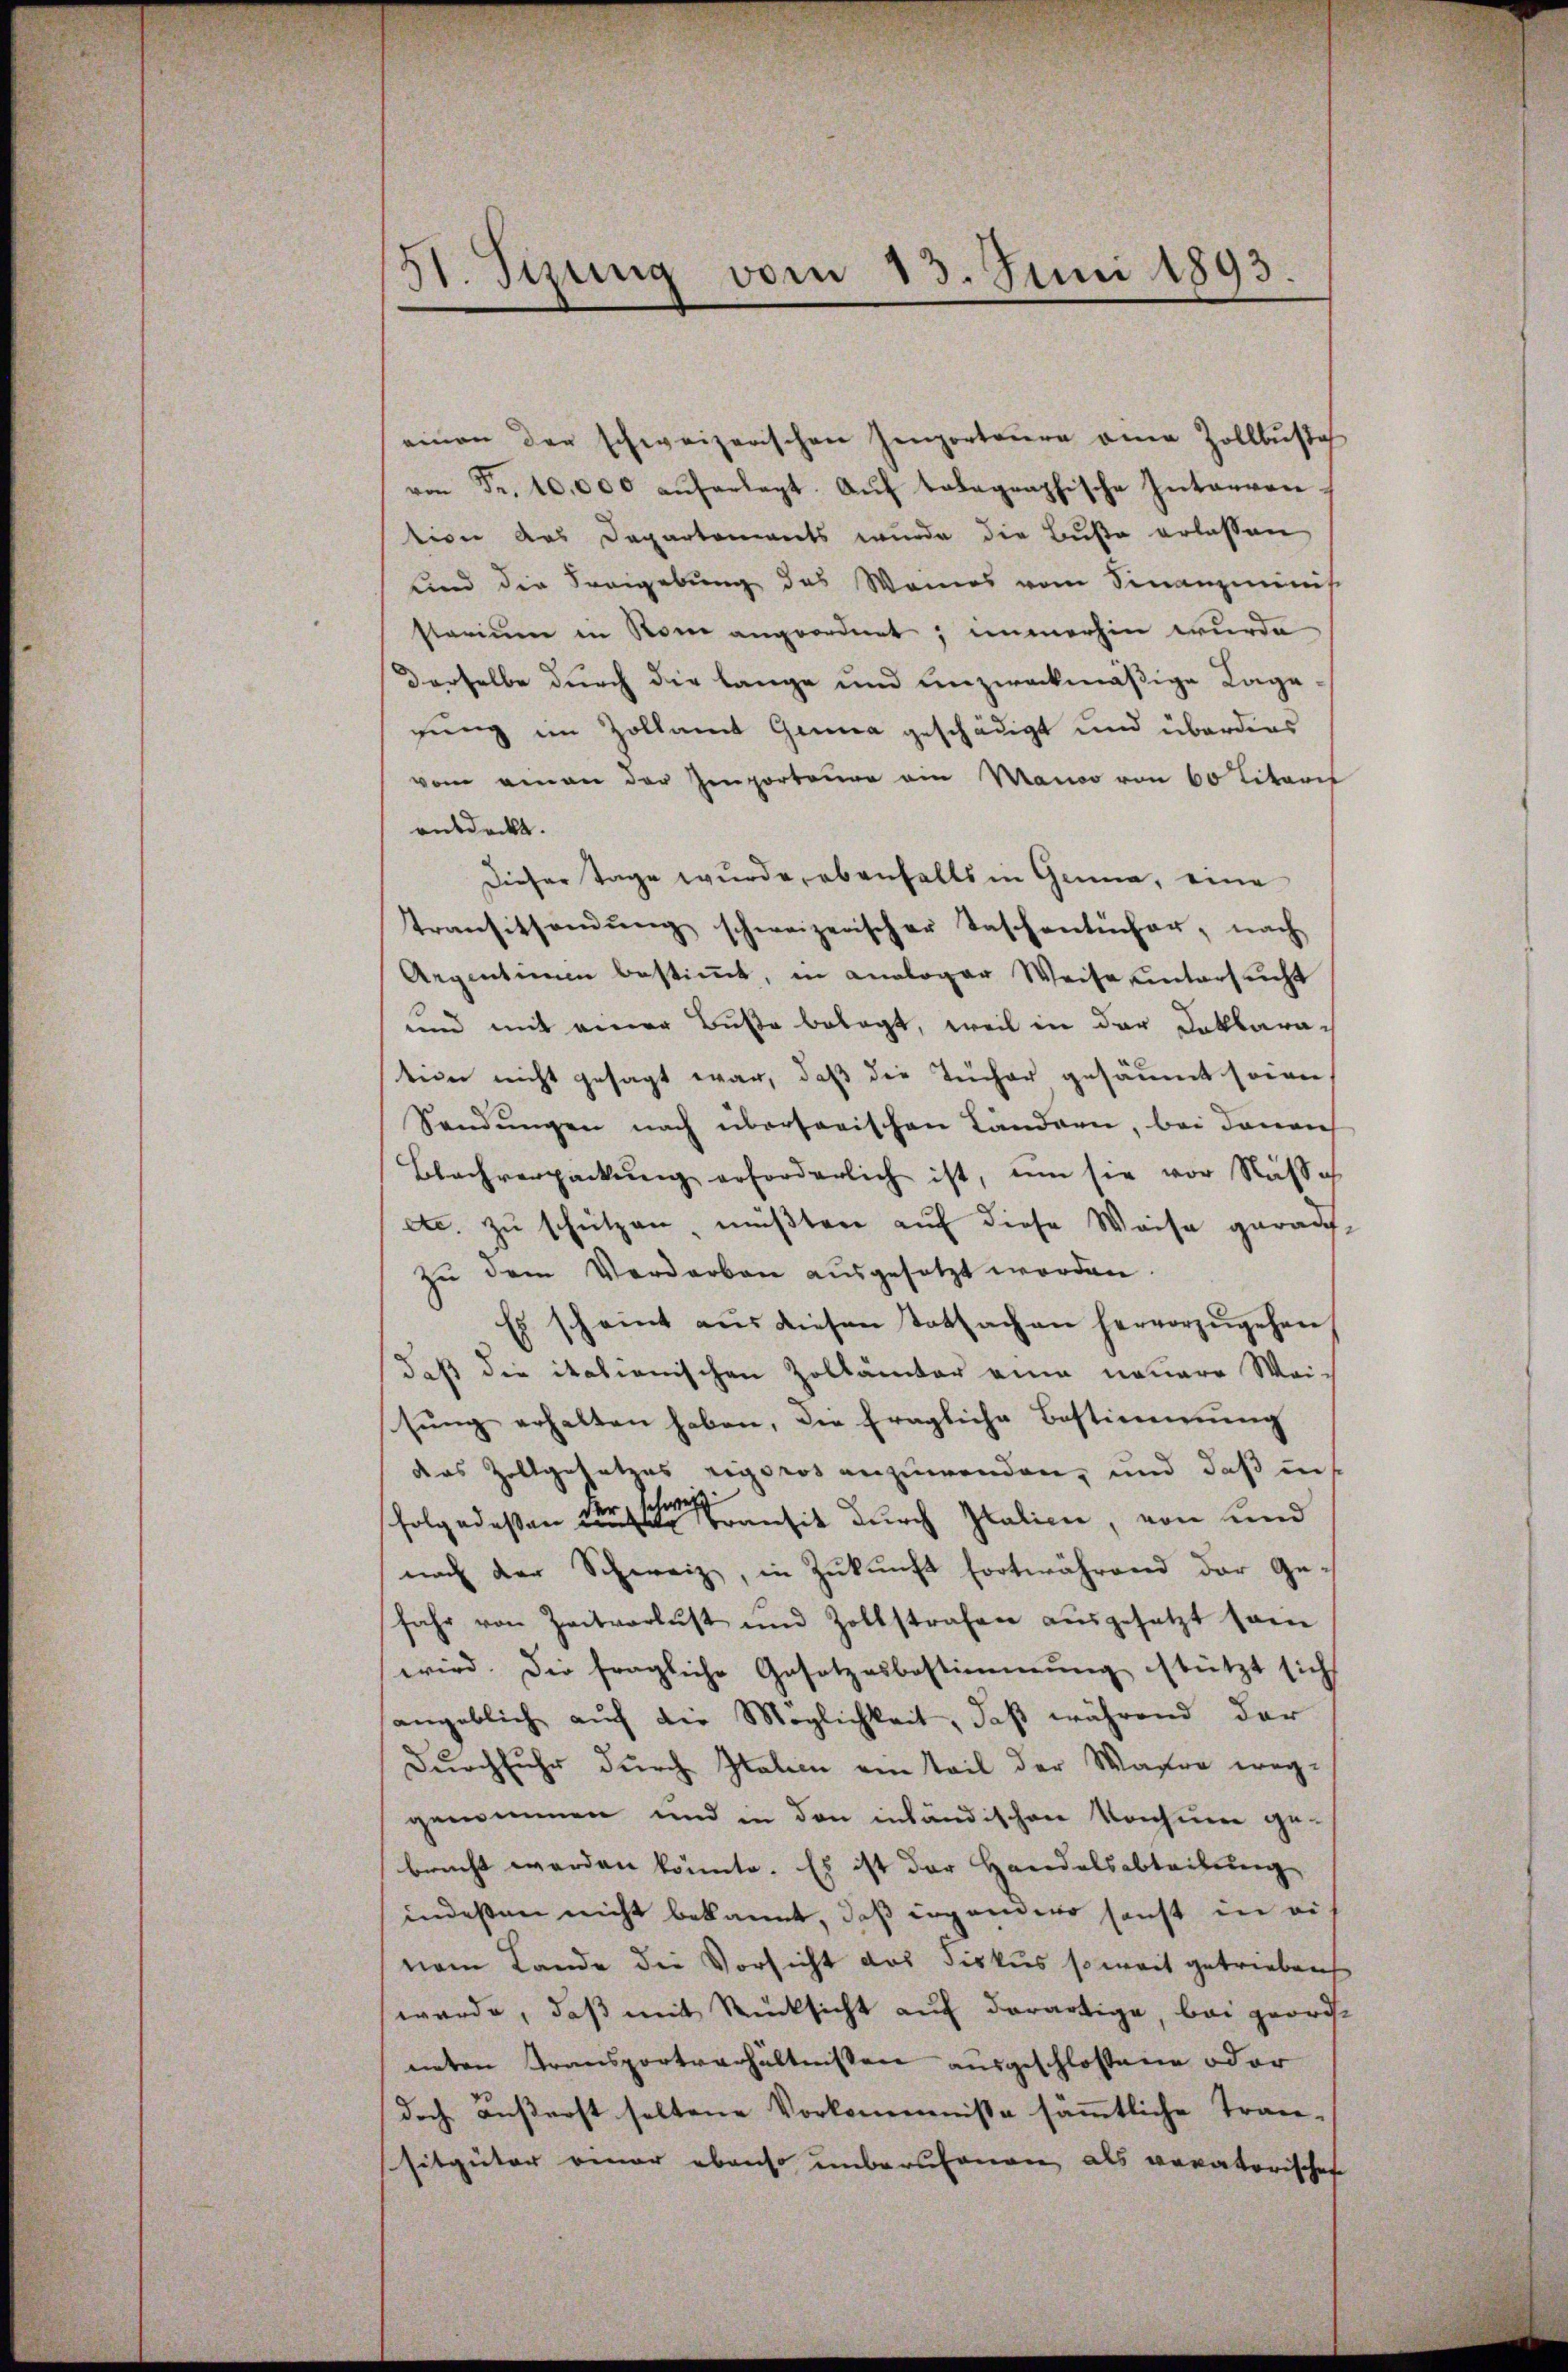
51. Sizung vom 13. Juni 1893.

einen der schweizerischen Zenporteure eine Zollbŭsse
von Fr. 10,000 aŭferlegt. Aŭf talagraphische Intenvon-
tion das Departements wurde die Buße erlassen
Kind die Freigebung des Weines vom Finanzminis
starium in Rom angeordnet; immerhin wurde
Derselbe durch die lange und unzweckmäßige Lage
gung im Zollamt Genua geschädigt und überdies
vom einen der Gemporteure ein Manco von 60 Litaris
entdeckt.
Dieser Tage wurde, ebenfalls in Genua, eine
Transitsandŭng schweizerischer Taschentücher, nach
Argentum bestimmt, in analoger Weise untersucht
und mit einer Buße belegt, weil in der Dokbaratein nicht gesagt war, daß die Tücher gesäumt seien,
Sendungen nach übersorischen Ländern, bei denen
Blachverpackŭng erforderlich ist, um sie vor Nüsse
etc. zu schützen, mußten auf diese Weise geraufzu dem Verdarben ausgesetzt worden.
Es scheint aus diesen Tatsachen hervorzŭgehen
daß die italienischen Zollämter eine neuere Weisung erhalten haben, die fragliche Bestimmung
das Zollgesetzes rigoros anzuwenden, und daß in
folge deßen eine Transit durch Italien, von und
nach der Schweiz, in Zukunft fortwährend der Ge-
fahr von Zeitverlust und Zollstrafen aŭsgesetzt sam
wird. Die fragliche Gesetzesbestimmung stützt sich
angeblich aŭf die Möglichkeit, daß während der
Durchfuhr durch Italien ein Teil der Wahre weggenommen und in den inländischen Konsuere ge-
brucht werden könnte. Es ist der Handelsabteilung
indessen nicht bekannt, daß irgendero sonst in ei
nem Lande die Vorsicht das Fiskus soweit getrieben
werde, daß mit Rücksicht auf derartige, bei geordneten Transportverhältnissen ausgeschlossene oder
doch äußerst soltene Vorkommnisse sämmtliche Tran-
sitguter einer ebenso unberufenen als veratorischen